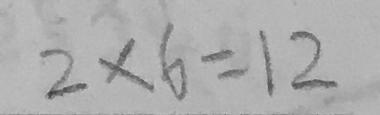
2 \times 6 = 1 2